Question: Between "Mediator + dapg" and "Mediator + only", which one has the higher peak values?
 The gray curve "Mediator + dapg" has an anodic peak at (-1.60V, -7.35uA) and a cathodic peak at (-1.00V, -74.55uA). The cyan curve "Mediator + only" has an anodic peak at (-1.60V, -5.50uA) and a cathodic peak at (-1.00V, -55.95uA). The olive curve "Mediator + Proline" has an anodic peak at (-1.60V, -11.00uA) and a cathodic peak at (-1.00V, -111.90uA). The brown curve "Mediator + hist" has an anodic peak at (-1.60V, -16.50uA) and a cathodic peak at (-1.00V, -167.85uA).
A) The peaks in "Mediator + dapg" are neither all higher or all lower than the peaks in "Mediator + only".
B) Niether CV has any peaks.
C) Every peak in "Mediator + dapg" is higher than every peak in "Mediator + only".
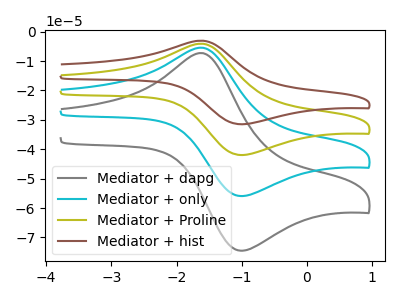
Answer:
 <answer>A) The peaks in "Mediator + dapg" are neither all higher or all lower than the peaks in "Mediator + only".</answer>
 <eval>A</eval>